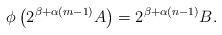
LaTeX: \begin{align*}\phi \left( 2^{\beta+\alpha (m-1)}A\right) =2^{\beta +\alpha (n-1)}B.\end{align*}